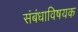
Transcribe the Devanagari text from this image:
संबंधाविषयक